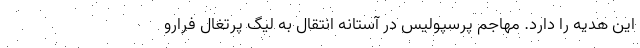
این هدیه را دارد. مهاجم پرسپولیس در آستانه انتقال به لیگ پرتغال فرارو